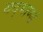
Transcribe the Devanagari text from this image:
यद्भाण्डं